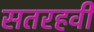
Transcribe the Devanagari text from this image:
सतरहवी